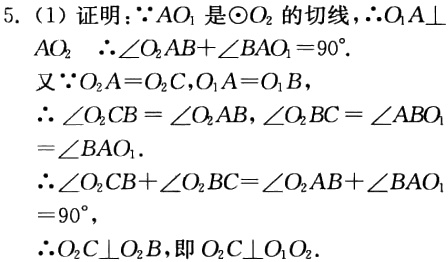
5.（1）证明：\(\because AO_{1}\)是\(\odot O_{2}\)的切线，\(\therefore O_{1}A\perp AO_{2}\)  \(\therefore\angle O_{2}AB + \angle BAO_{1}=90^{\circ}\).

又\(\because O_{2}A = O_{2}C\)，\(O_{1}A = O_{1}B\)，

\(\therefore \angle O_{2}CB=\angle O_{2}AB\)，\(\angle O_{2}BC=\angle ABO_{1}=\angle BAO_{1}\).

\(\therefore\angle O_{2}CB+\angle O_{2}BC=\angle O_{2}AB+\angle BAO_{1}=90^{\circ}\)，

\(\therefore O_{2}C\perp O_{2}B\)，即\(O_{2}C\perp O_{1}O_{2}\).